Lunatic asylums in Bengal annual reports 1912-1924 - 1912-1924
Year: 1912
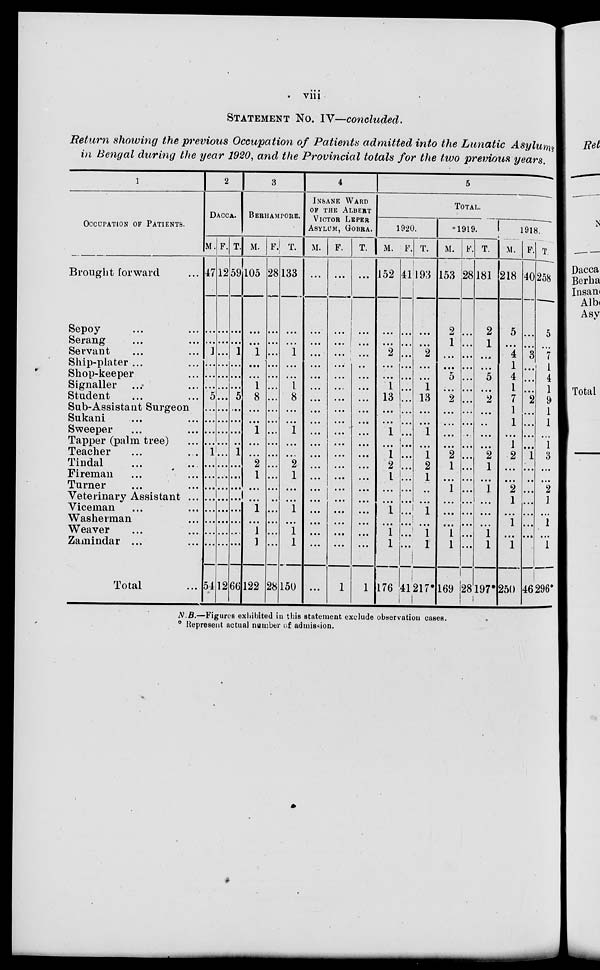
viii
STATEMENT No. IV—concluded.
Return showing the previous Occupation of Patients admitted into the Lunatic Asylums
in Bengal during the year 1920, and the Provincial totals for the two previous years.
1
OCCUPATION OF PATIENTS.
Brought forward ...
Sepoy ... ...
Serang ... ...
Servant ... ...
Ship-plater ... ...
Shop-keeper ...
Signaller ... ...
Student ... ...
Sub-Assistant Surgeon
Sukant ... ...
Sweeper ... ...
Tapper (palm tree) ...
Teacher ... ...
Tindal ... ...
Fireman ... ...
Turner ... ...
Veterinary Assistant ...
Viceman ... ...
Washerman ...
Weaver ... ...
Zamindar ... ...
Total ...
2
DACCA.
M.
47
...
...
1
...
...
...
5
...
...
...
...
1
...
...
...
...
...
...
...
...
54
F.
12
...
...
...
...
...
...
...
...
...
...
...
...
...
...
...
...
...
...
...
...
12
T.
59
...
...
1
...
...
...
5
...
...
...
...
1
...
...
...
...
...
...
...
...
66
3
BERHAMPORE.
M.
105
...
...
1
...
...
1
8
...
...
1
...
...
2
1
...
...
1
...
1
1
122
F.
28
...
...
...
...
...
...
...
...
...
...
...
...
...
...
...
...
...
...
...
...
28
T.
133
...
...
1
...
...
1
8
...
...
1
...
...
2
1
...
...
1
...
1
1
150
4
INSANE WARD
OF THE ALBERT
VICTOR LEPER
ASYLUM, GOBRA.
M.
...
...
...
...
...
...
...
...
...
...
...
...
...
...
...
...
...
...
...
...
...
...
F.
...
...
...
...
...
...
...
...
...
...
...
...
...
...
...
...
...
...
...
...
...
1
T.
...
...
...
...
...
...
...
...
...
...
...
...
...
...
...
...
...
...
...
...
...
1
5
TOTAL.
1920.
M.
152
...
...
2
...
...
1
13
...
...
1
...
1
2
1
...
...
1
...
1
1
176
F.
41
...
...
...
...
...
...
...
...
...
...
...
...
...
...
...
...
...
...
...
...
41
T.
193
...
...
2
...
...
1
13
...
...
1
...
1
2
1
...
...
1
...
1
1
217*
1919.
M.
153
2
1
...
...
5
...
2
...
...
...
...
2
1
...
1
...
...
...
1
1
169
F.
28
...
...
...
...
...
...
...
...
...
...
...
...
...
...
...
...
...
...
...
...
28
T.
181
2
1
...
...
5
...
2
...
...
...
...
2
1
...
1
...
...
...
1
1
197*
1918.
M.
218
5
...
4
1
4
1
7
1
1
...
1
2
...
...
2
1
...
1
...
1
250
F.
40
...
...
3
...
...
...
2
...
...
...
...
1
...
...
...
...
...
...
...
...
46
T.
258
5
...
7
1
4
1
9
1
1
...
1
3
...
...
2
1
...
1
...
1
296*
N.B.—Figures exhibited in this statement exclude observation cases.
° Represent actual number of admission.